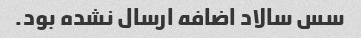
سس سالاد اضافه ارسال نشده بود.